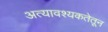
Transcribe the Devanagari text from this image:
अत्यावश्यकतेतून